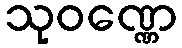
သုဝဏ္ဏေ